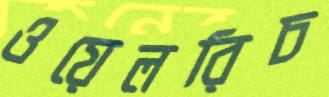
ওয়েলরিচ